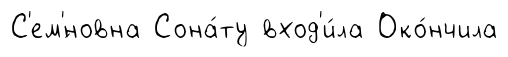
С'ем'́новна Сона́ту вход'и́ла Око́нчила